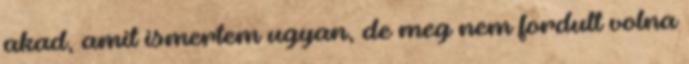
akad, amit ismertem ugyan, de meg nem fordult volna